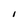
Character: I